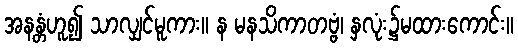
အနန္တံဟူ၍ သာလျှင်မူကား။ န မနသိကာတဗ္ဗံ၊ နှလုံး၌မထားကောင်း။